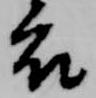
衣